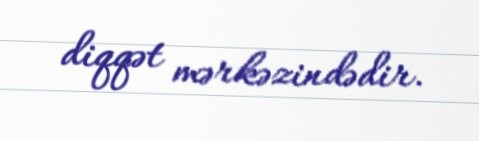
diqqət mərkəzindədir.